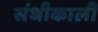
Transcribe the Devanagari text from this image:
संधीकाली